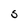
Character: S